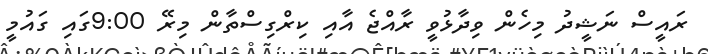
ރައީސް ނަޝީދު މިހެން ވިދާޅުވީ ރާއްޖެ އާއި ކިރްގިސްތާން މިރޭ 9:00ގައި ގައުމީ